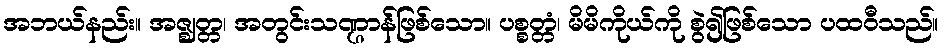
အဘယ်နည်း။ အဇ္ဈတ္တ၊ အတွင်းသဏ္ဌာန်ဖြစ်သော။ ပစ္စတ္တံ၊ မိမိကိုယ်ကို စွဲ၍ဖြစ်သော ပထဝီသည်။